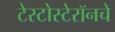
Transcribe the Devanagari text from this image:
टेस्टोस्टेरॉनचे